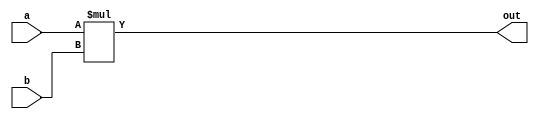
`timescale 1ns/1ns
module multiplier(input [3:0] a, input [3:0] b, output [3:0] out);
	assign out = a * b;
endmodule